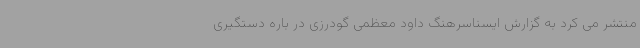
منتشر می کرد به گزارش ایسناسرهنگ داود معظمی گودرزی در باره دستگیری